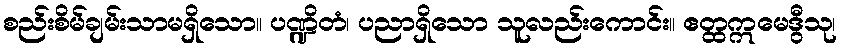
စည်းစိမ်ချမ်းသာမရှိသော။ ပဏ္ဍိတံ၊ ပညာရှိသော သူလည်းကောင်း။ ဧတ္ထဣမေဒွီသု၊